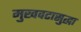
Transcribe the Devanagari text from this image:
मुखवटासुद्धा